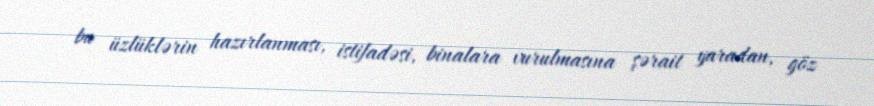
bu üzlüklərin hazırlanması, istifadəsi, binalara vurulmasına şərait yaradan, göz